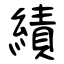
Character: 績